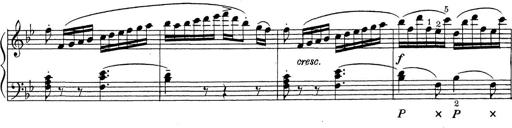
Title: ÄŒeskÃ© Sonatiny
Composer: Various